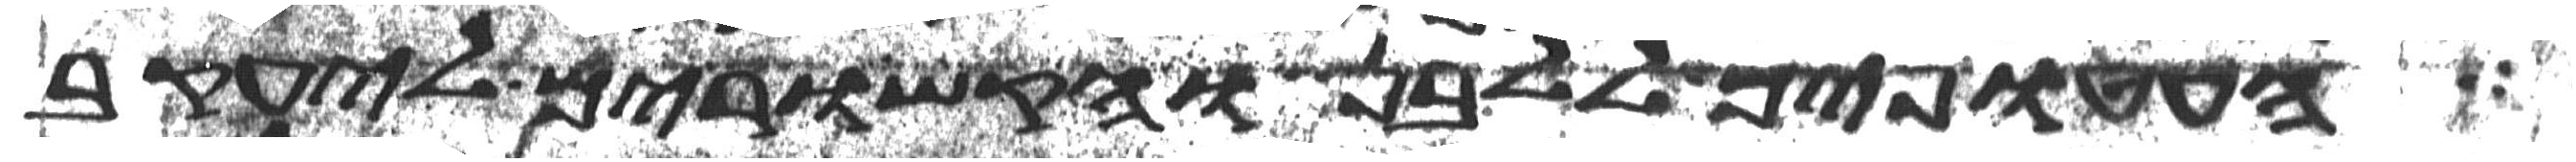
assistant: העטופים ללבן והקשורים ליעקב